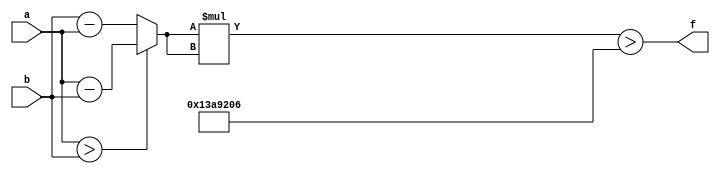
module maxse_mit(a, b, f);
parameter _bit = 18;
parameter maxse = 20615686;
input [_bit - 1: 0] a;
input [_bit - 1: 0] b;
output f;
wire [_bit - 1: 0] diff;
wire [_bit * 2 - 1: 0] se;
assign diff = (a > b)? (a - b): (b - a);
assign se = diff * diff;
assign f = (se > maxse);
endmodule